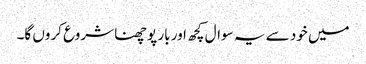
میں خود سے یہ سوال کچھ اور بار پوچھنا شروع کروں گا۔